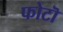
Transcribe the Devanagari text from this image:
फोटॊ